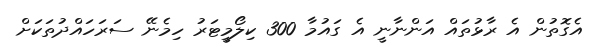
އެގޮތުން އެ ރާޅުތައް އަންނާނީ އެ ގައުމާ 300 ކިލޯމީޓަރު ހިމެނޭ ސަރަހައްދުތަކަށް